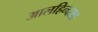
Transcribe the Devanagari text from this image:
आलहिन्दसह